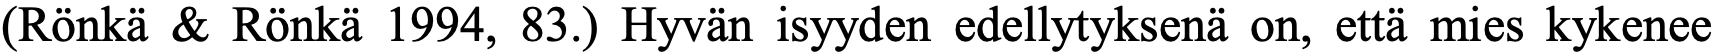
(Rönkä & Rönkä 1994, 83.) Hyvän isyyden edellytyksenä on, että mies kykenee